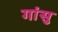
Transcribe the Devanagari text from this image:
गांसु